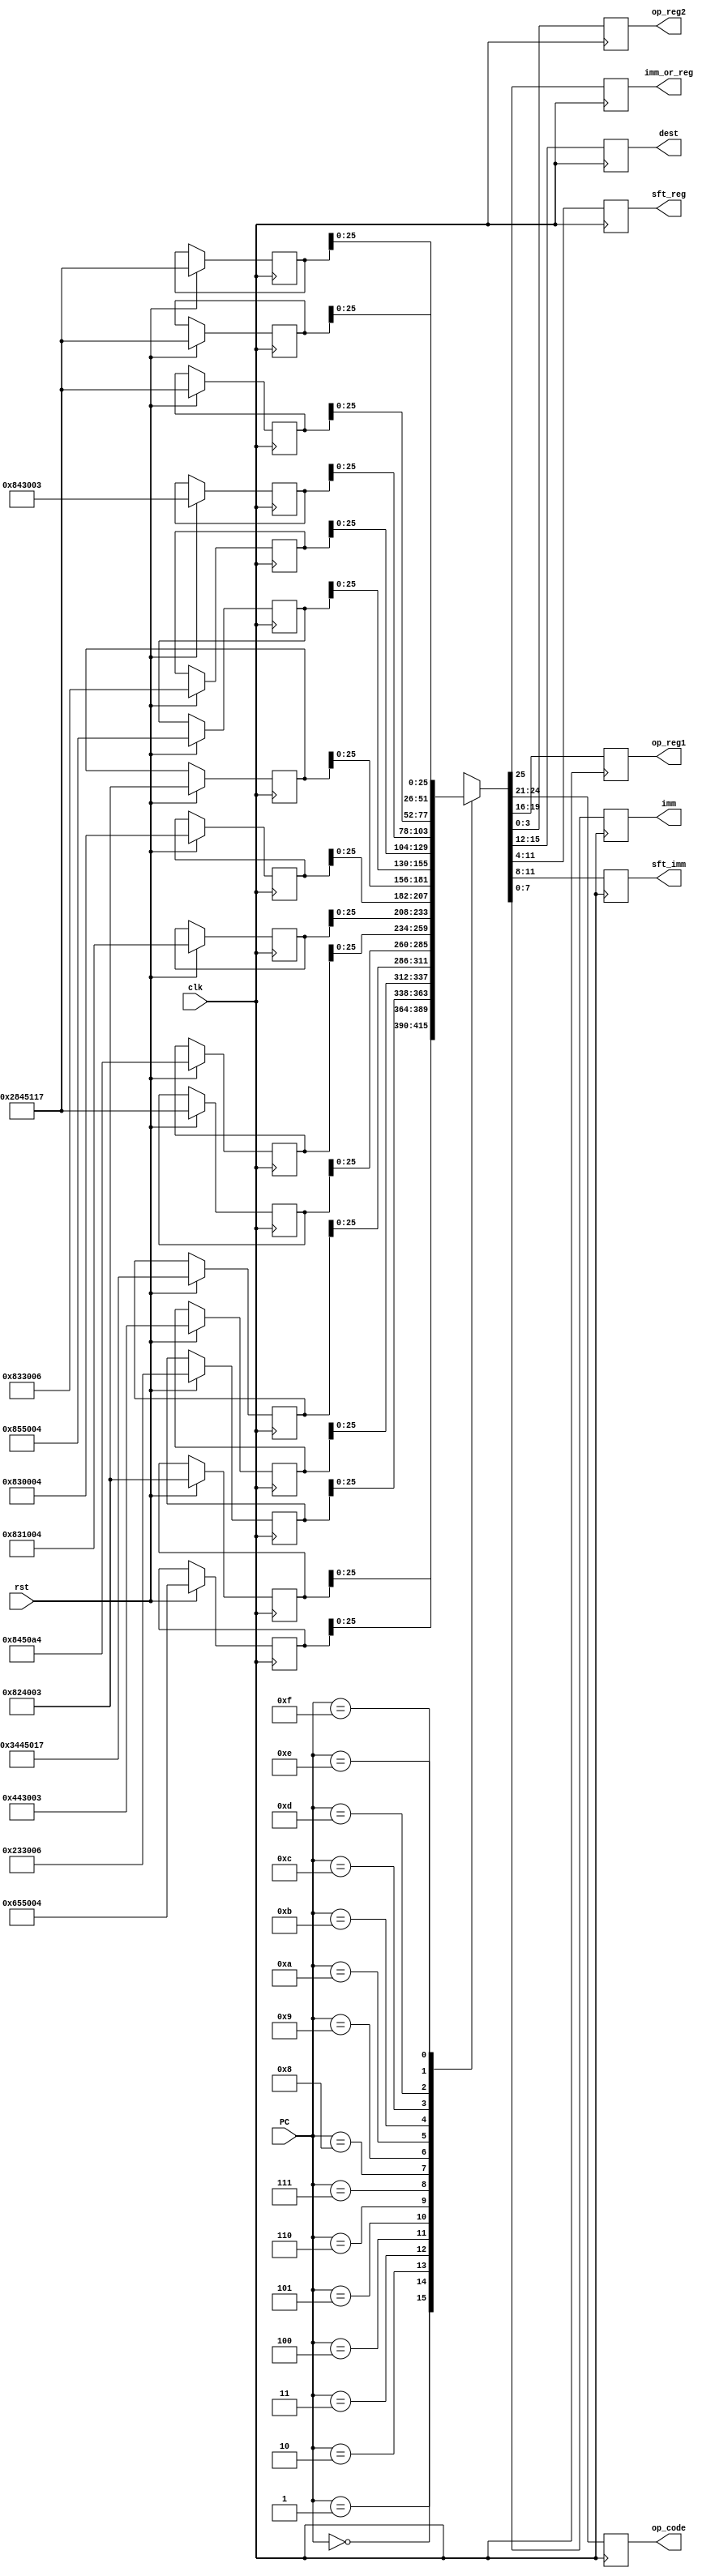
module if_decode(clk, rst, PC, op_code, dest, op_reg1, imm_or_reg, op_reg2, sft_reg, imm, sft_imm);

parameter memory_size = 4;
parameter word_size = 32;

input clk,rst;
input [3:0]PC;

reg [word_size-1:0]memory[15:0];


output reg imm_or_reg;
output reg [3:0]op_code,op_reg1,op_reg2,dest;
output reg [7:0]sft_reg;
output reg [3:0]sft_imm;
output reg [7:0]imm;

always @(posedge clk)
begin
    if(rst==1)
     begin
        memory[0] = 32'b0000_00_0_0100_0_0010_0100_00000000_0011;//Reg 2 + Reg 3 -> Reg 4 (32 + 48 = 80)
        memory[1] = 32'b0000_00_0_0011_0_0101_0101_00000000_0100;//Reg 5 - Reg 4 -> Reg 5 (80 - 80 = 0)
        memory[2] = 32'b0000_00_0_0001_0_0011_0011_00000000_0110;//Reg 6 ^ Reg 3 -> Reg 3 (80)
        memory[3] = 32'b0000_00_0_0010_0_0100_0011_00000000_0011;//Reg 3 - Reg 4 -> Reg 3(0)
        memory[4] = 32'b0000_00_1_1010_0_0100_0101_0000_00010111;//Imm + Reg 4 -> Reg 5 (85) Do not write
        memory[5] = 32'b0000_00_1_0100_0_0100_0101_0001_00010111;//Imm + Reg 4 -> Reg 5 (85) Write
        memory[6] = 32'b0000_00_0_0100_0_0100_0101_00001_010_0100;
        memory[7] = 32'b0000_00_0_0100_0_0011_0001_00000000_0100;
        memory[8] = 32'b0000_00_0_0100_0_0011_0000_00000000_0100;
        memory[9] = 32'b0000_00_0_0100_0_0010_0100_00000000_0011;
        memory[10] = 32'b0000_00_0_0100_0_0101_0101_00000000_0100;
        memory[11] = 32'b0000_00_0_0100_0_0011_0011_00000000_0110;
        memory[12] = 32'b0000_00_0_0100_0_0100_0011_00000000_0011;
        memory[13] = 32'b0000_00_1_0100_0_0100_0101_0001_00010111;
        memory[14] = 32'b0000_00_1_0100_0_0100_0101_0001_00010111;
        memory[15] = 32'b0000_00_1_0100_0_0100_0101_0001_00010111;
     end
end

always @(negedge clk)
begin 
    imm_or_reg = memory[PC][25];
    op_code = memory[PC][24:21];
    op_reg1 = memory[PC][19:16];
    dest = memory[PC][15:12];
    sft_reg = memory[PC][11:4];
    op_reg2 = memory[PC][3:0];
    sft_imm = memory[PC][11:8];
    imm = memory[PC][7:0];
end
endmodule